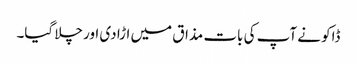
ڈاکو نے آپ کی بات مذاق میں اڑا دی اور چلا گیا۔